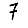
Digit: 7